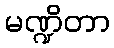
မဏ္ဍိတာ